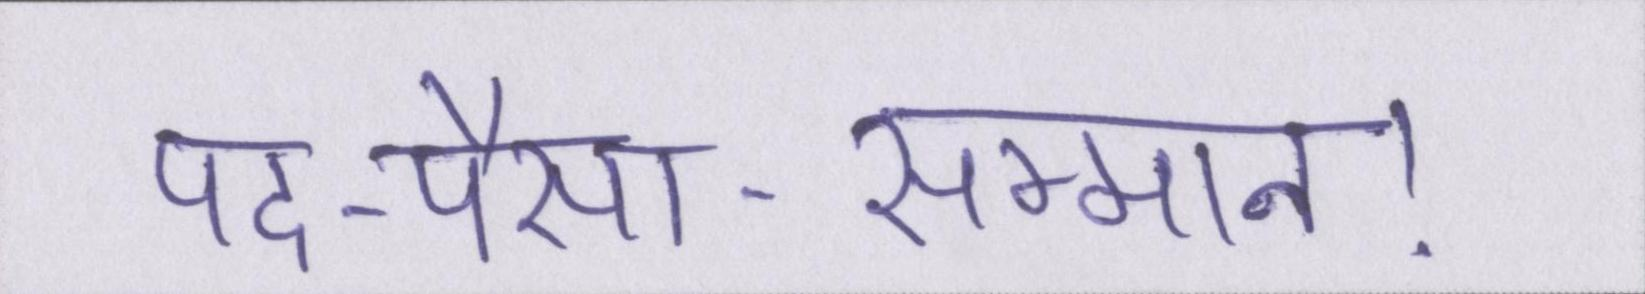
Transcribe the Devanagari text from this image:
पद-पैसा-सम्मान।